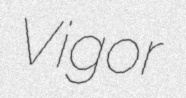
Vigor